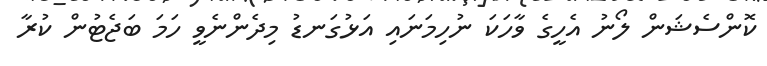
ކޮންސެޝަން ލޯނު އެހީގެ ވާހަކަ ނުހިމަނައި އަޅުގަނޑު މިދެންނެވީ ހަމަ ބަޖެޓުން ކުރާ